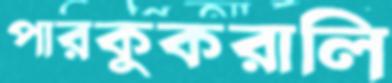
পারকুকরালি